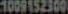
1009152300